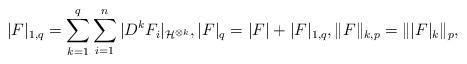
LaTeX: \begin{align*}|F|_{1,q}=\sum_{k=1}^q\sum_{i=1}^ n|D^ kF_i|_{\mathcal{H}^{\otimes k}},|F|_q=|F|+|F|_{1,q},\|F\|_{k,p}=\| |F|_k\|_p,\end{align*}